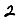
Digit: 2